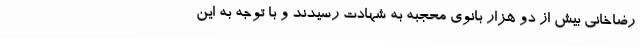
رضاخانی بیش از دو هزار بانوی محجبه به شهادت رسیدند و با توجه به این